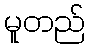
မူတည်